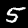
Label: 5